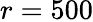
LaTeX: r=500